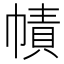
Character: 幘